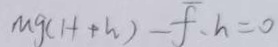
M g ( H + h ) - \overline { f } \cdot h = 0